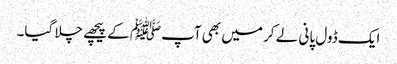
ایک ڈول پانی لے کر میں بھی آپﷺ کے پیچھے چلا گیا۔